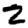
Digit: 2